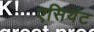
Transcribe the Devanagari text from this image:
एसियंट